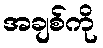
အချစ်ကို